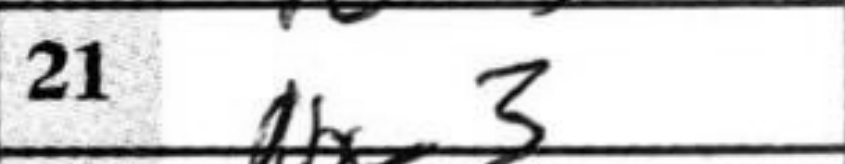
Transcription: Nxe3